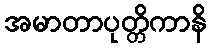
အမာတာပုတ္တိကာနိ